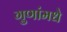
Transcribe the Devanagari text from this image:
गुणांमधे